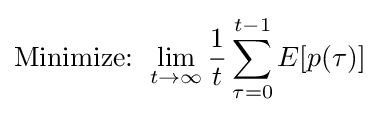
{\text{Minimize: }}\lim _{t\rightarrow \infty }{\frac {1}{t}}\sum _{\tau =0}^{t-1}E[p(\tau )]